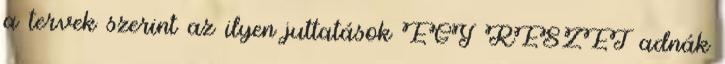
a tervek szerint az ilyen juttatások EGY RÉSZÉT adnák